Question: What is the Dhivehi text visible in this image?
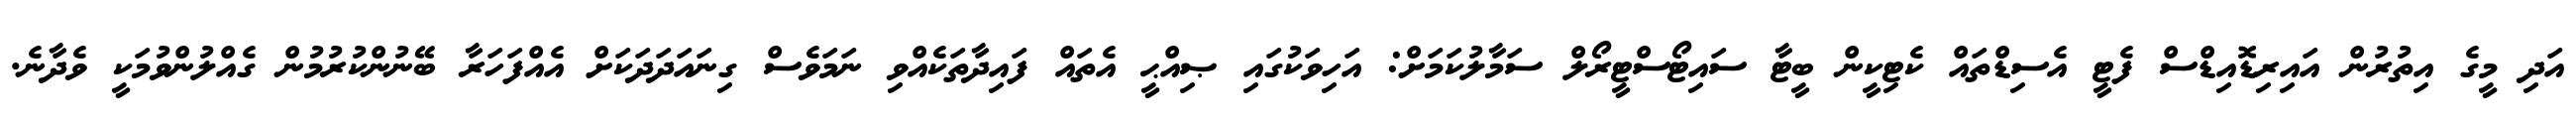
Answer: އަދި މީގެ އިތުރުން އައިރިޑޮއިޑްސް ފެޓީ އެސިޑްތައް ކެޓިކީން ބީޓާ ސައިޓޯސްޓީރޯލް ސަމާލުކަމަށް: އަހިވަކުގައި ޞިއްޙީ އެތައް ފައިދާތަކެއްވި ނަމަވެސް ގިނައަދަދަކަށް އެއްފަހަރާ ބޭނުންކުރުމުން ގެއްލުންވުމަކީ ވެދާނެ.